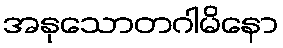
အနုသောတဂါမိနော